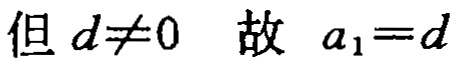
但 \(d\neq0\) 故 \(a_{1}=d\)